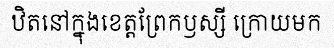
ឋិតនៅក្នុងខេត្តព្រែកឫស្សី ក្រោយមក